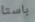
باستا